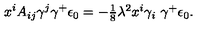
x ^ { i } A _ { i j } \gamma ^ { j } \gamma ^ { + } \epsilon _ { 0 } = - \textstyle { \frac { 1 } { 8 } } \lambda ^ { 2 } x ^ { i } \gamma _ { i } \ \gamma ^ { + } \epsilon _ { 0 } .